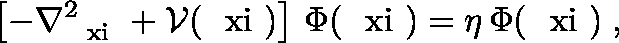
\left[ - \nabla _ { \mathrm { \boldmath ~ \scriptstyle { \ x i } ~ } } ^ { 2 } + { \mathcal V } ( \mathrm { \boldmath ~ \ x i ~ } ) \right] \, \Phi ( \mathrm { \boldmath ~ \ x i ~ } ) = \eta \, \Phi ( \mathrm { \boldmath ~ \ x i ~ } ) \; ,